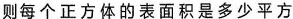
则每个正方体的表面积是多少平方